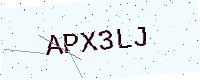
Text: APX3LJ